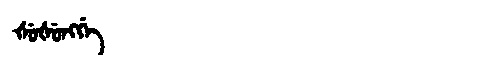
Manchu: ᡧᡠᡧᡠᠩᡤᡝ
Romanization: ŠUŠUNGGE